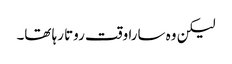
لیکن وہ سارا وقت روتا رہا تھا۔